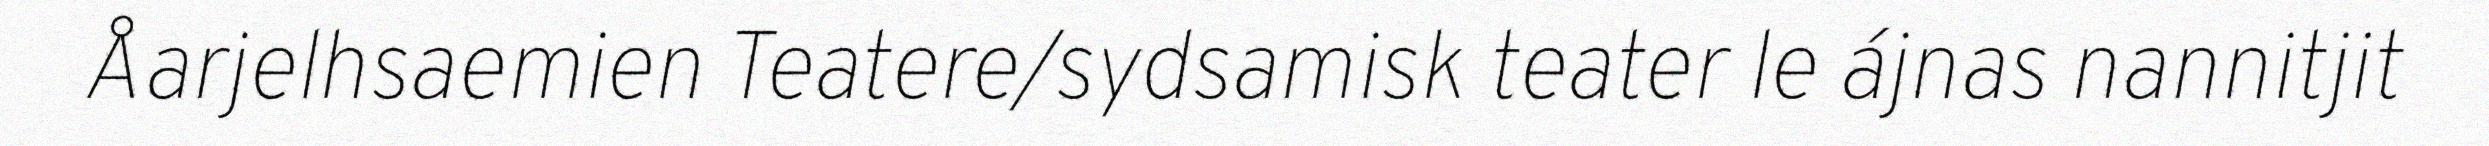
Åarjelhsaemien Teatere/sydsamisk teater le ájnas nannitjit